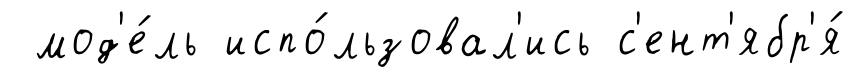
мод'е́ль испо́льзовал'ись с'ент'ябр'я́